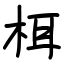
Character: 栮